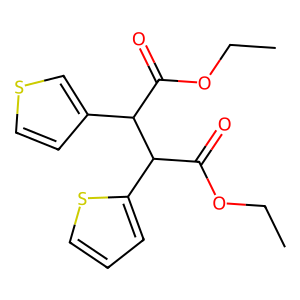
SMILES: CCOC(=O)C(c1ccsc1)C(C(=O)OCC)c1cccs1
Inhibits HIV replication: No